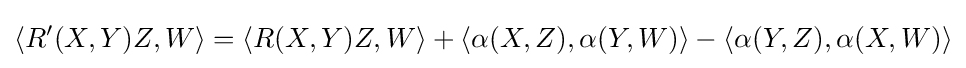
\langle R'(X,Y)Z,W\rangle =\langle R(X,Y)Z,W\rangle +\langle \alpha (X,Z),\alpha (Y,W)\rangle -\langle \alpha (Y,Z),\alpha (X,W)\rangle